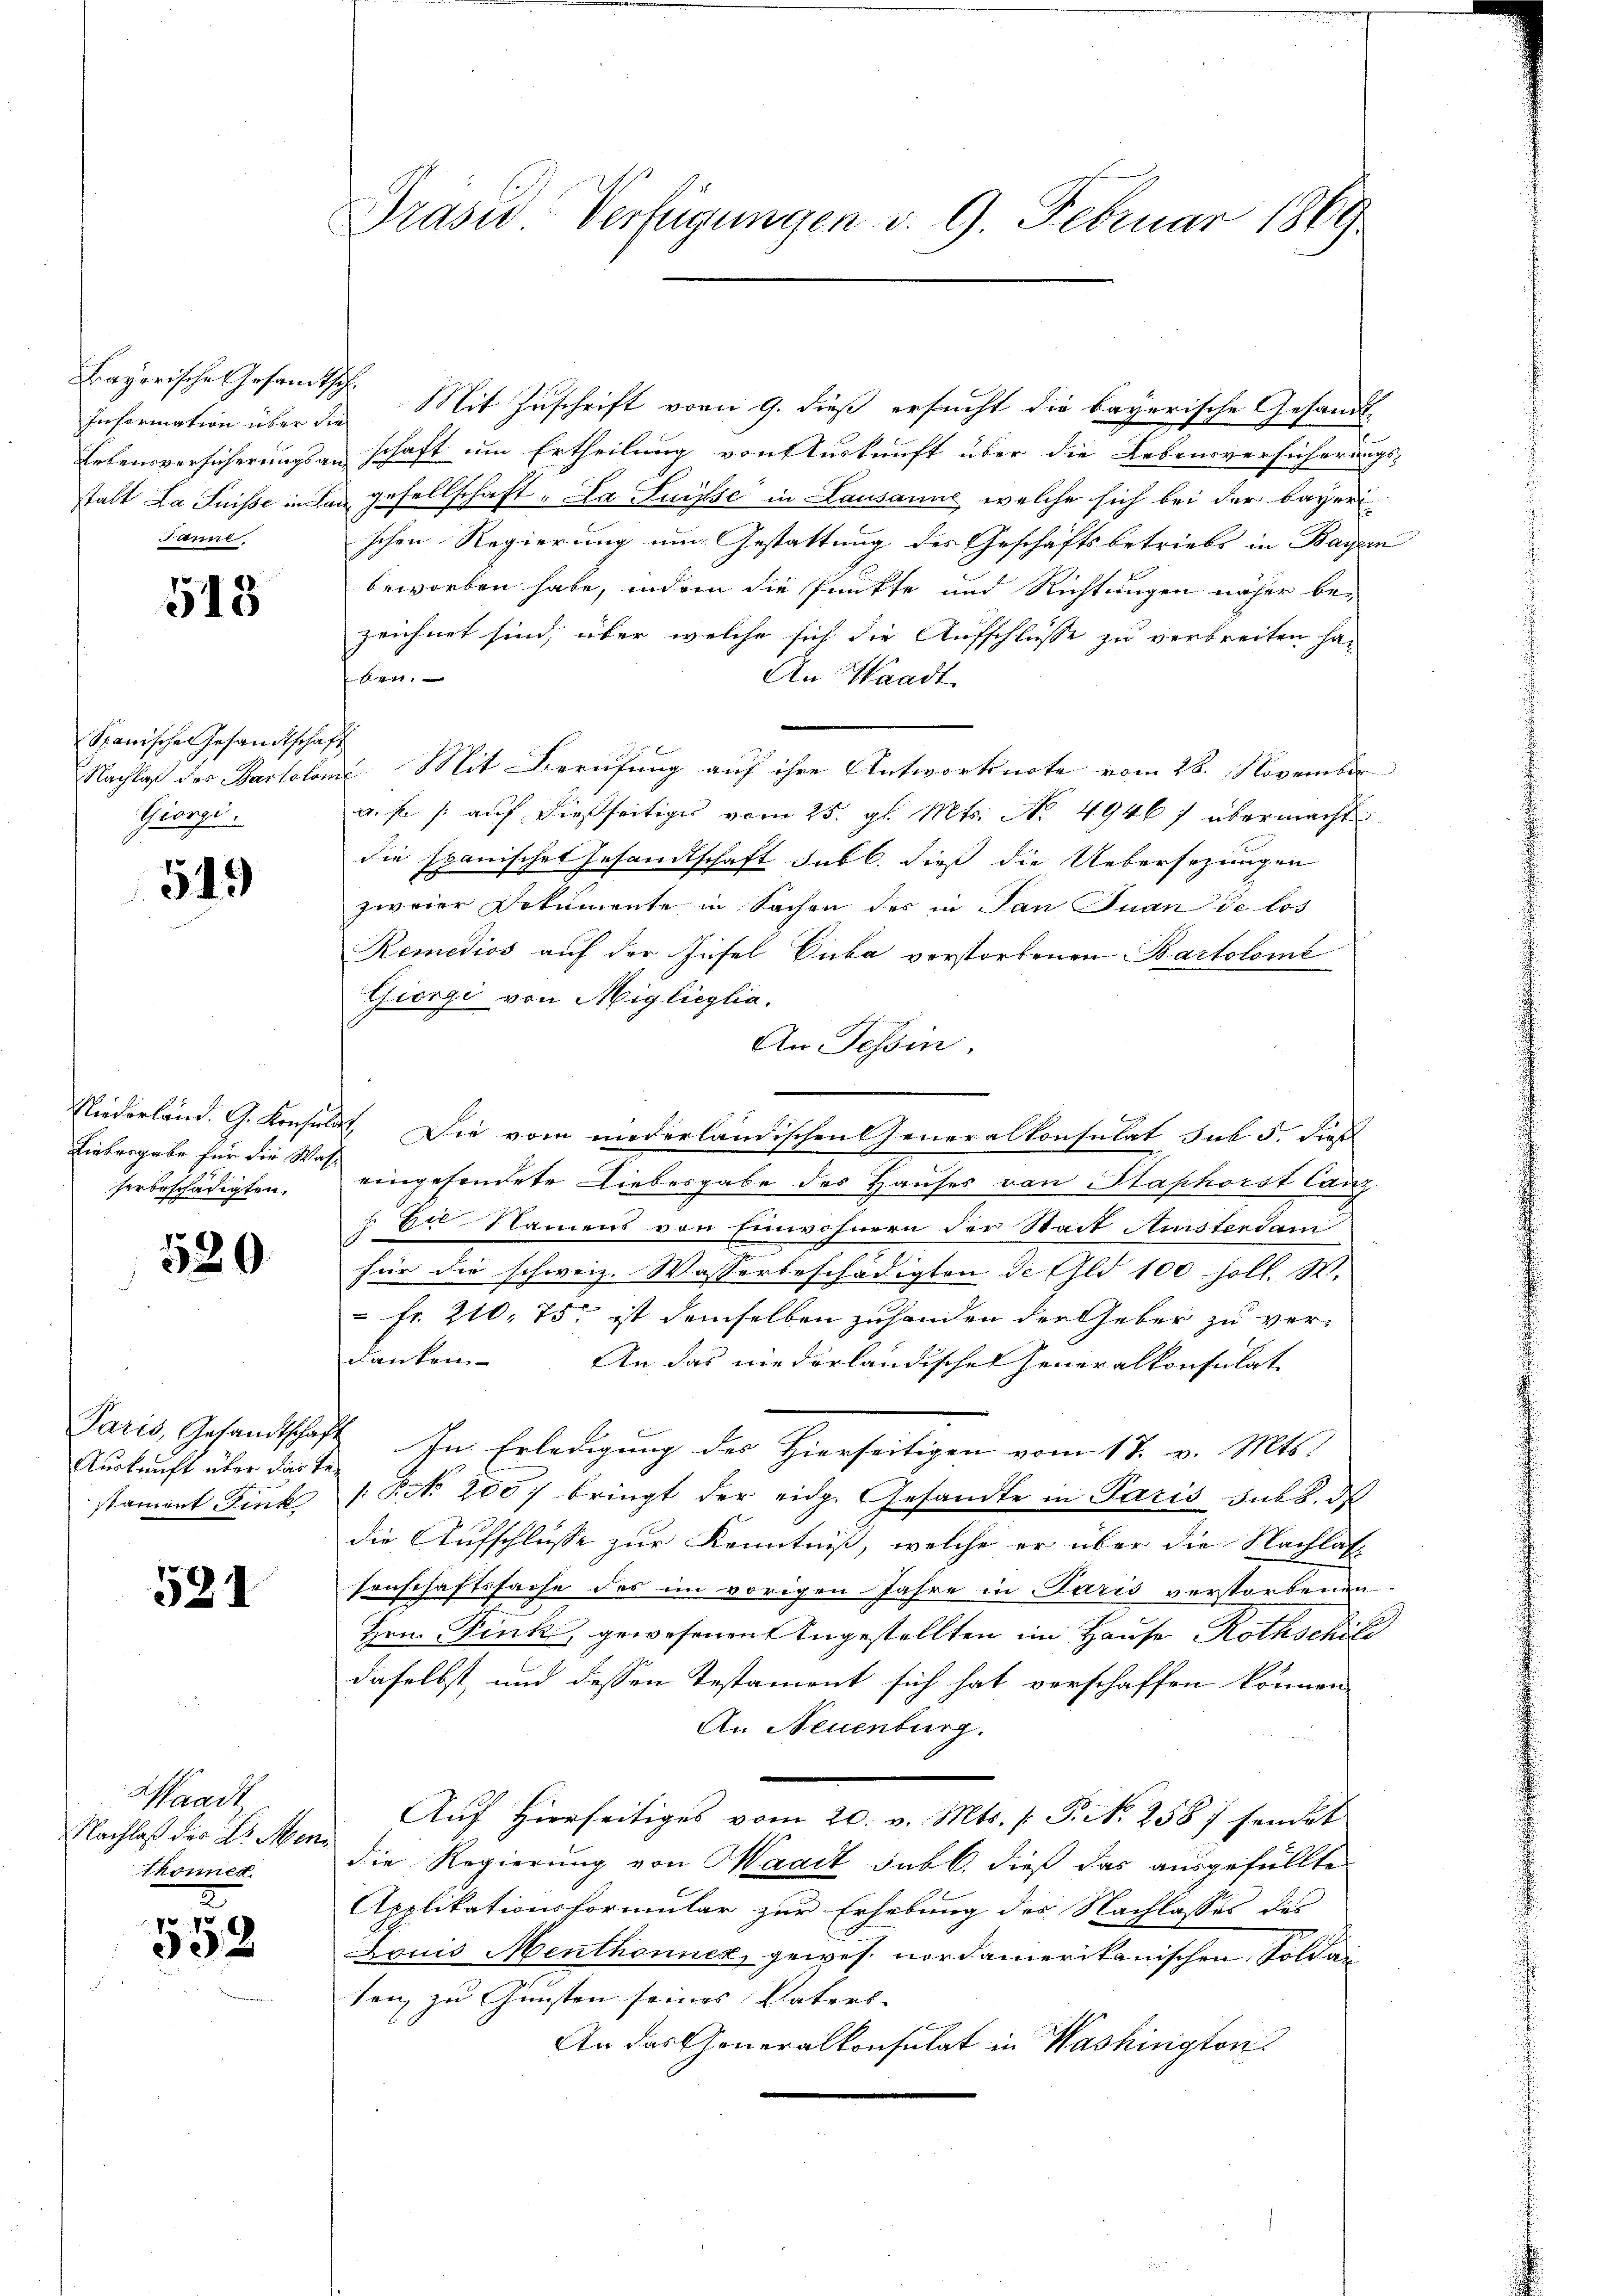
Information über die
Janne.

513

Spanischen Gesandtschaft
Giorgi.

519

herbeschädigten,

520

Auskunft über das T
stament Frk

521

Waadt
Nachlaß des Dr. Men¬
Thonnen.

z
2

Bayerische Gesamtsch. Mit Zuschrift vom 9. dieß ersucht die bayerische Gesandt
Erbensversicherungsanschaft um Ertheilung von Auskunft über die Lebensversicherungs-
stalt La Suisse in den Gesellschaft „La Suisse in Lausanne, welche sich bei der bayeri
schen Regierung um Gestattung des Geschäftsbetriebs in Bayern
beworben habe, indem die Punkte und Richtungen näher be-
zeichnet sind, über welche sich die Aufschlusse zu verbreiten ha-
ben.
An Waadt
Nachlaß des Bartolome Mit Berufung auf ihre Antwortsnote vom 28. November
a. f. /: auf dießseitiges vom 25. gl. Mts. No 49467 übermacht
die spanisches Gesandtschaft sub b. dieß die Uebersezungen
zweier Dokumente in Sachen des in San Juan de los
Remedios auf der Insel Duba verstorbenen Bartolome
Giorgi von Miglicylia.
An Tessin.
Niederländ. G. Konsulat. Die vom niederländischen Generalkonsulat sub 5. dieß
Liebergabe für die Was eingesendete Liebesgabe des Hauses von Saphorst Canz
Eil Namens von Einwohnern der Stadt Aursterdam
für die schweiz. Wasserbeschädigten de Gli 100 soll. W.
 fr. 210. 75. ist demselben zuhanden der Geber zu verdanken. An das niederländischen Generalkonsulat
Paris, Gesandtschaft. In Erledigung der hierseitigen vom 17. v. Mts.
/Pr. 200 f bringt der eidg. Gesandte in Paris sub b. des
die Aufschlusse zur Kenntniß, welche er über die Nachlas
senschaftssache des im vorigen Jahre in Paris verstorbenen
Hrn. Fink, gewesenen Angestellten im Hause Rothschile
daselbst, und dessen Testament sich hat verschaffen können
An Neuenburg.
Auf Hierseitiges vom 20. v. Mts. (T. N. 258 / sendet
die Regierung von Waadt sub b. dieß das ausgefüllte
Applikationsformular zur Erhebung des Nachlasses des
Louis Menthonnex gewes nordamerikanischen Soldaten zu Gunsten seines Vaters- |
An das Generalkonsulat in Washington

Prasid Verfügungen d. 9. Februar 1869